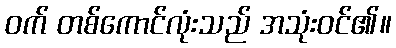
ဝက် တစ်ကောင်လုံးသည် အသုံးဝင်၏။